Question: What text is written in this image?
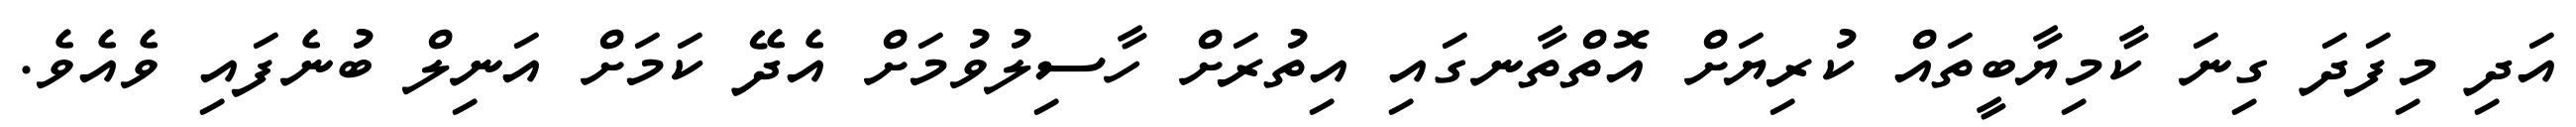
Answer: އަދި މިފަދަ ގިނަ ކާމިޔާބީތައް ކުރިޔަށް އޮތްތާނގައި އިތުރަށް ހާސިލުވުމަށް އެދޭ ކަމަށް އަނިލް ބުނެފައި ވެއެވެ.